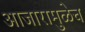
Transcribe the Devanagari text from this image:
आजारामुळेच